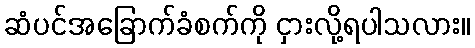
ဆံပင်အခြောက်ခံစက်ကို ငှားလို့ရပါသလား။